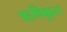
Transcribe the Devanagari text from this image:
ॠषिकुल